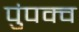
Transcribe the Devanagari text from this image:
पुंपक्व